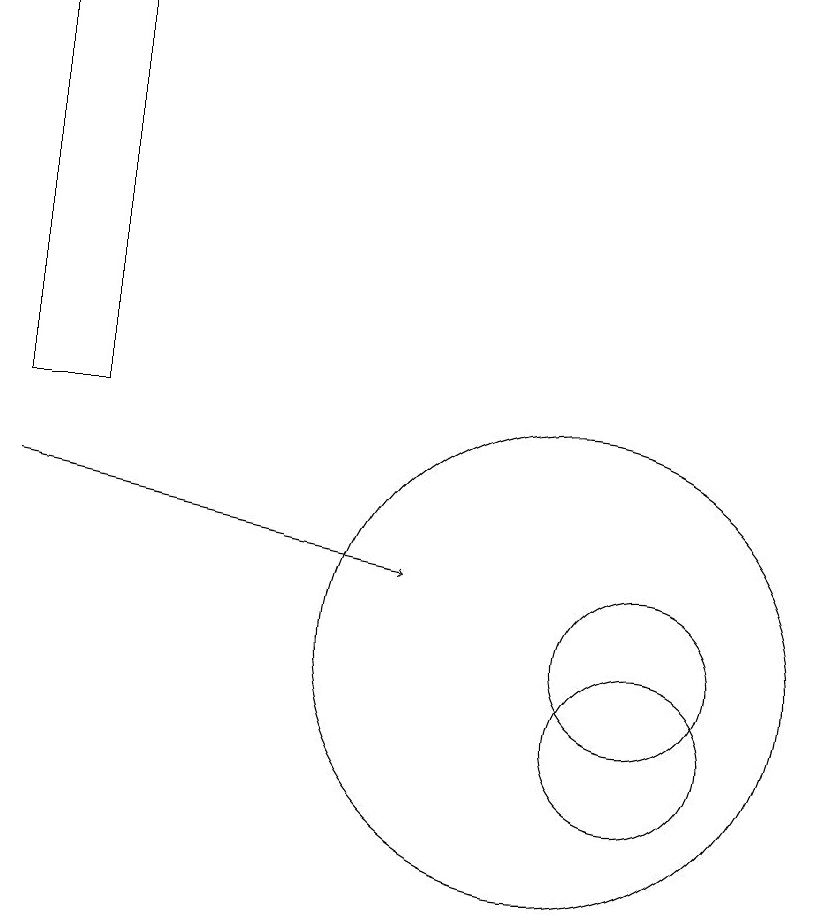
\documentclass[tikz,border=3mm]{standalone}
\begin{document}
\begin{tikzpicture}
\draw (11,11) circle (1);
\draw (3,14) rectangle (4,19);
\draw (11,10) circle (1);
\draw (10,11) circle (3);
\draw[->] (3,13) -- (8,12);
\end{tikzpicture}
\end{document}